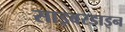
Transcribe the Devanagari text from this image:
साइबरडाइन